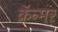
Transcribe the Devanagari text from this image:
क्रॅन्मर